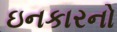
ઇનકારનો